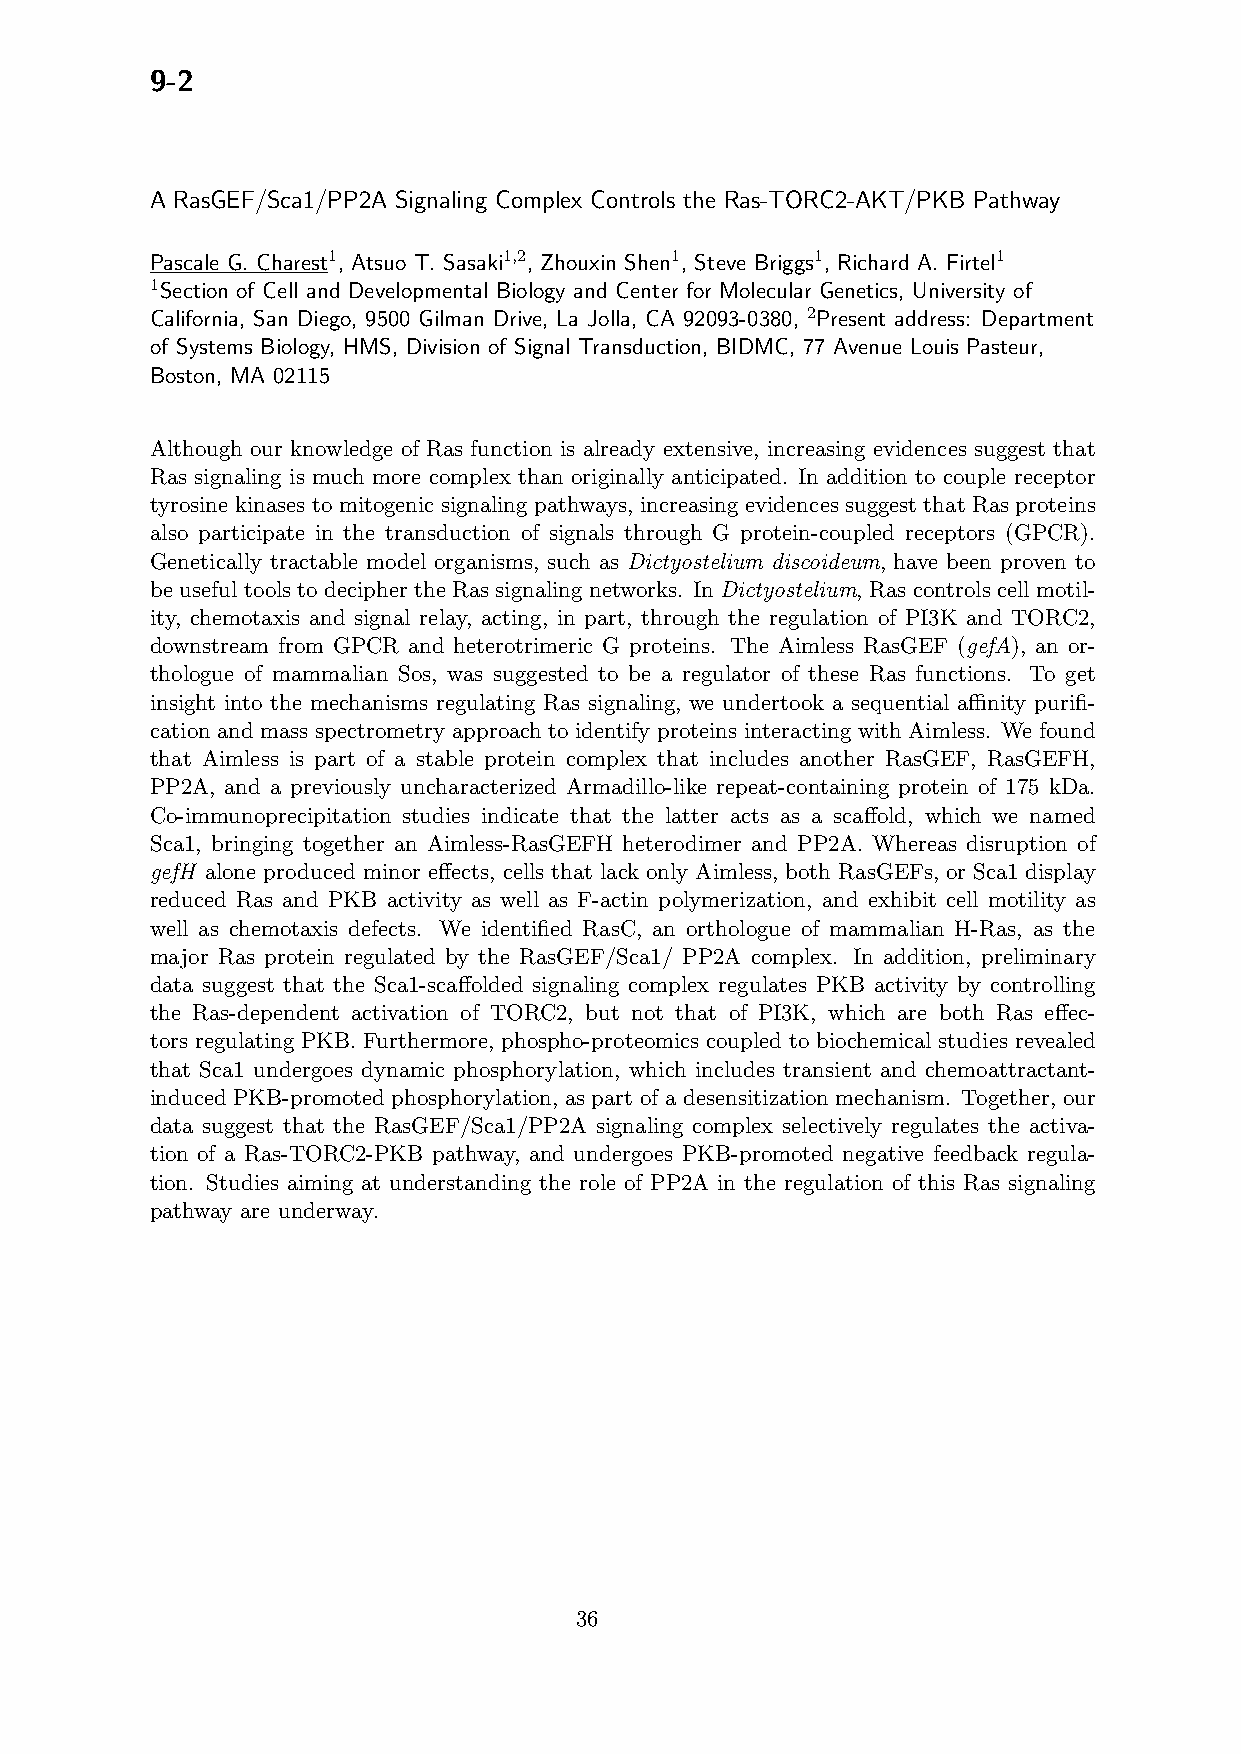
9-2
 A RasGEF/Sca1/PP2A Signaling Complex Controls the Ras-TORC2-AKT/PKB Pathway
 Pascale G. Charest1, Atsuo T. Sasaki1,2, Zhouxin Shen1, Steve Briggs1, Richard A. Firtel1
 1Section of Cell and Developmental Biology and Center for Molecular Genetics, University of
 California, San Diego, 9500 Gilman Drive, La Jolla, CA 92093-0380, 2Present address: Department
 of Systems Biology, HMS, Division of Signal Transduction, BIDMC, 77 Avenue Louis Pasteur,
 Boston, MA 02115
 Although our knowledge of Ras function is already extensive, increasing evidences suggest that
 Ras signaling is much more complex than originally anticipated. In addition to couple receptor
 tyrosine kinases to mitogenic signaling pathways, increasing evidences suggest that Ras proteins
 also participate in the transduction of signals through G protein-coupled receptors (GPCR).
 Genetically tractable model organisms, such as Dictyostelium discoideum, have been proven to
 be useful tools to decipher the Ras signaling networks. In Dictyostelium, Ras controls cell motil-
 ity, chemotaxis and signal relay, acting, in part, through the regulation of PI3K and TORC2,
 downstream from GPCR and heterotrimeric G proteins. The Aimless RasGEF (gefA), an or-
 thologue of mammalian Sos, was suggested to be a regulator of these Ras functions. To get
 insight into the mechanisms regulating Ras signaling, we undertook a sequential affinity purifi-
 cation and mass spectrometry approach to identify proteins interacting with Aimless. We found
 that Aimless is part of a stable protein complex that includes another RasGEF, RasGEFH,
 PP2A, and a previously uncharacterized Armadillo-like repeat-containing protein of 175 kDa.
 Co-immunoprecipitation studies indicate that the latter acts as a scaffold, which we named
 Sca1, bringing together an Aimless-RasGEFH heterodimer and PP2A. Whereas disruption of
 gefH alone produced minor effects, cells that lack only Aimless, both RasGEFs, or Sca1 display
 reduced Ras and PKB activity as well as F-actin polymerization, and exhibit cell motility as
 well as chemotaxis defects. We identified RasC, an orthologue of mammalian H-Ras, as the
 major Ras protein regulated by the RasGEF/Sca1/ PP2A complex. In addition, preliminary
 data suggest that the Sca1-scaffolded signaling complex regulates PKB activity by controlling
 the Ras-dependent activation of TORC2, but not that of PI3K, which are both Ras effec-
 tors regulating PKB. Furthermore, phospho-proteomics coupled to biochemical studies revealed
 that Sca1 undergoes dynamic phosphorylation, which includes transient and chemoattractant-
 induced PKB-promoted phosphorylation, as part of a desensitization mechanism. Together, our
 data suggest that the RasGEF/Sca1/PP2A signaling complex selectively regulates the activa-
 tion of a Ras-TORC2-PKB pathway, and undergoes PKB-promoted negative feedback regula-
 tion. Studies aiming at understanding the role of PP2A in the regulation of this Ras signaling
 pathway are underway.
 36